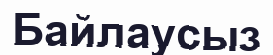
Байлаусыз